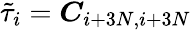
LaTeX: \tilde{\tau}_{i}=\boldsymbol{C}_{i+3N,i+3N}